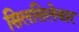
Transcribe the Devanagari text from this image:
सिलसिलेबार